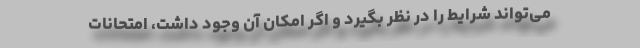
می‌تواند شرایط را در نظر بگیرد و اگر امکان آن وجود داشت، امتحانات